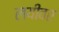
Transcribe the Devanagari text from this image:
लयीवर